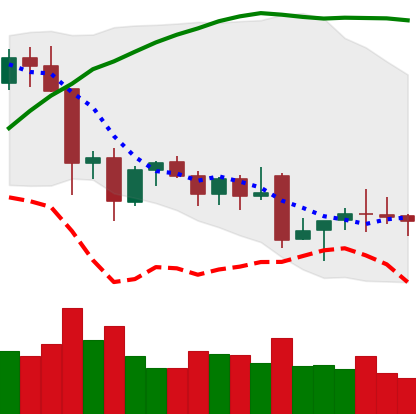
Ticker: EOS-USD
Chart end date: 2021-12-02
Forward return: -18.435%
Label: down_7plus